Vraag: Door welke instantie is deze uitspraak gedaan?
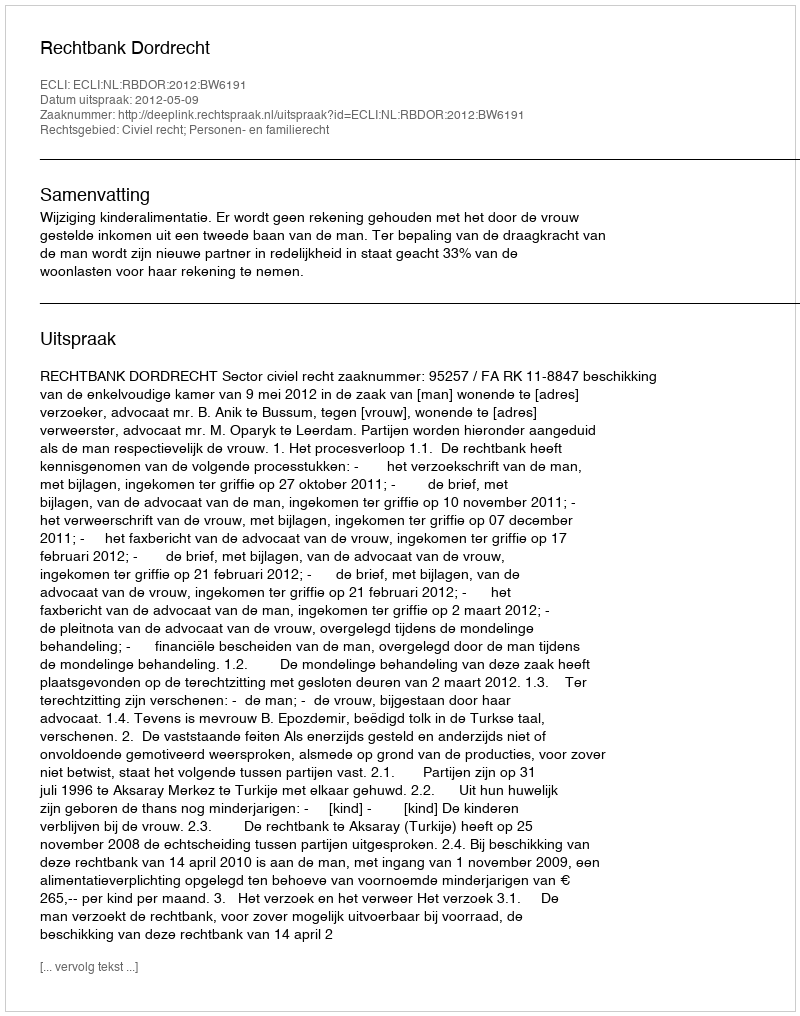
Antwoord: Rechtbank Dordrecht